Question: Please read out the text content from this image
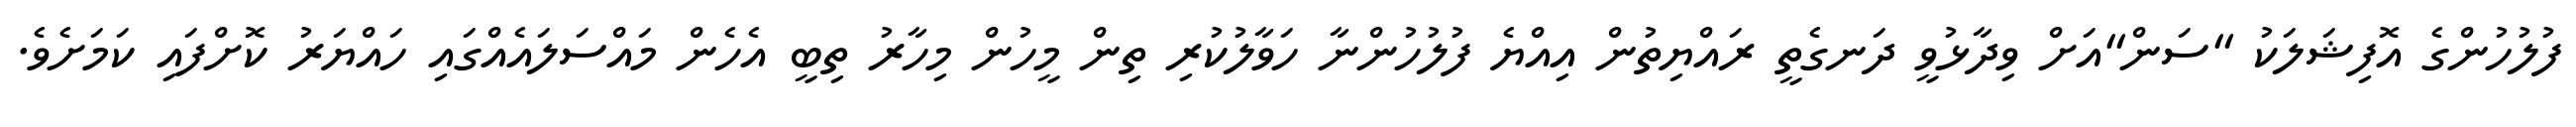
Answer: ފުލުހުންގެ އޮފިޝަލަކު "ސަން"އަށް ވިދާޅުވީ ދަނގެތީ ރައްޔިތުން އިއްޔެ ފުލުހުންނާ ހަވާލުކުރި ތިން މީހުން މިހާރު ތިބީ އެހެން މައްސަލައެއްގައި ހައްޔަރު ކޮށްފައި ކަމަށެވެ.